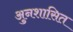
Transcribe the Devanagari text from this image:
अुनशासित